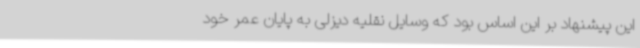
این پیشنهاد بر این اساس بود که وسایل نقلیه دیزلی به پایان عمر خود